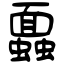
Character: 蠠